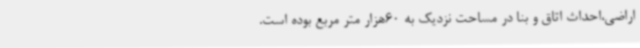
اراضی،احداث اتاق و بنا در مساحت نزدیک به 60هزار متر مربع بوده است.